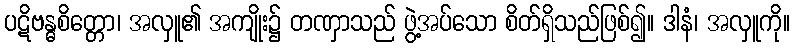
ပဋိဗန္ဓစိတ္တော၊ အလှူ၏ အကျိုး၌ တဏှာသည် ဖွဲ့အပ်သော စိတ်ရှိသည်ဖြစ်၍။ ဒါနံ၊ အလှူကို။